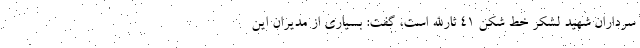
سرداران شهید لشکر خط شکن ۴۱ ثارالله است، گفت: بسیاری از مدیران این